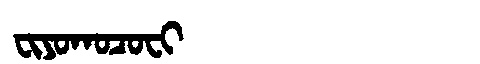
Manchu: ᠸᡳᠶᠣᡴᠣᠴᠣᠸᡳ
Romanization: FIYOKOCOFI